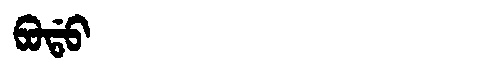
Manchu: ᠪᠣᡩᠣ
Romanization: BODO